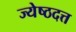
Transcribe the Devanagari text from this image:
ज्येष्ठदत्त